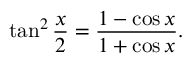
\tan ^ { 2 } { \frac { x } { 2 } } = { \frac { 1 - \cos x } { 1 + \cos x } } .